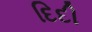
દિદી